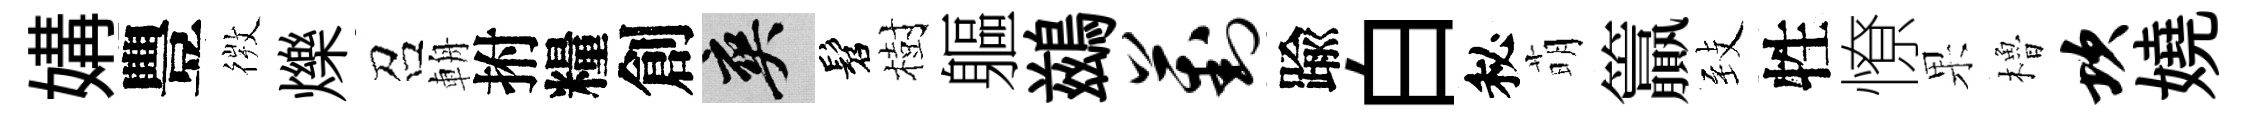
媾豐𢕄爍召輈拊糧創爽髫樹軀鷀葑踰白秘萌籯𦤺牲憭果櫓坎嬈